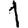
Digit: 1